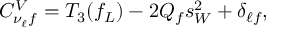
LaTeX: C _ { \nu _ { \ell } f } ^ { V } = T _ { 3 } ( f _ { L } ) - 2 Q _ { f } s _ { W } ^ { 2 } + \delta _ { \ell f } ,